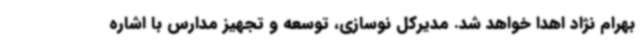
بهرام نژاد اهدا خواهد شد. مدیرکل نوسازی، توسعه و تجهیز مدارس با اشاره